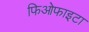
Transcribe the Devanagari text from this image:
फिओफाइटा